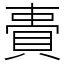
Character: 䝴